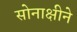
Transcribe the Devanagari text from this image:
सोनाक्षीने